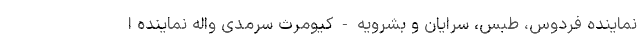
نماینده فردوس، طبس، سرایان و بشرویه - کیومرث سرمدی واله نماینده ا